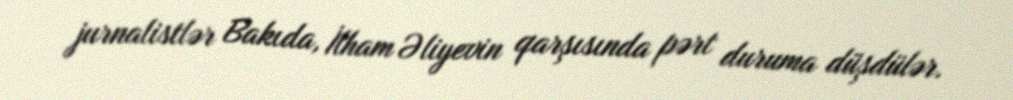
jurnalistlər Bakıda, İlham Əliyevin qarşısında pərt duruma düşdülər.